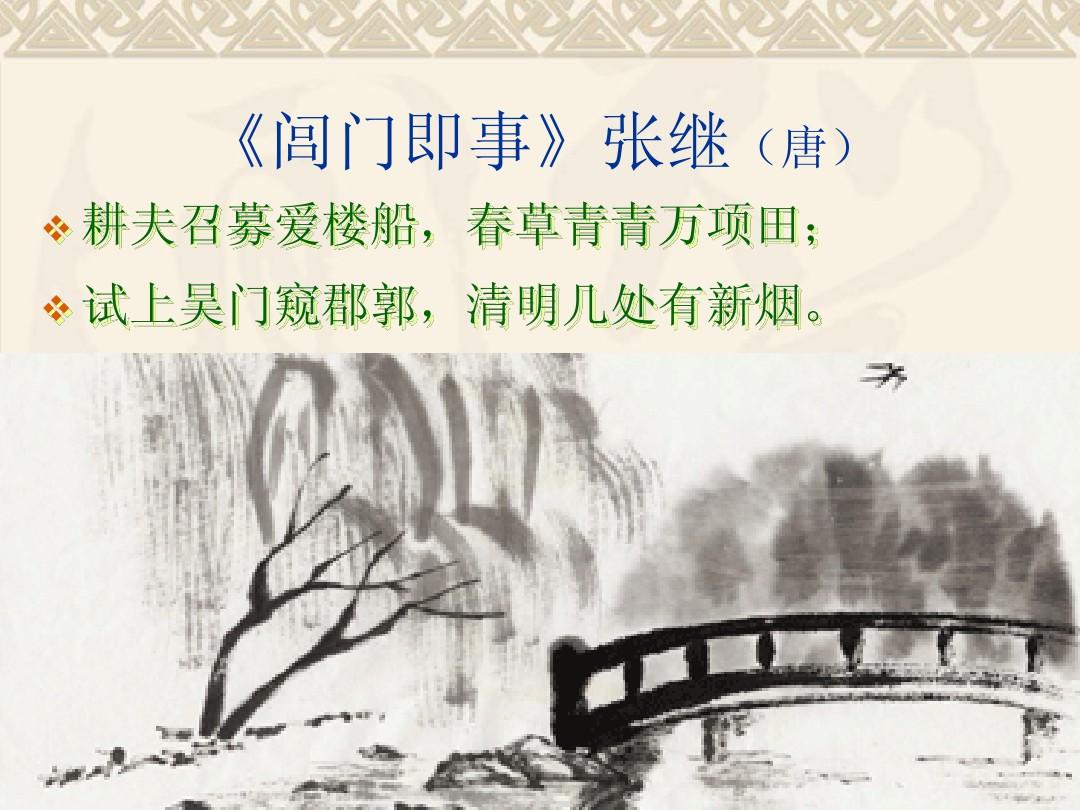
耕夫召募爱楼船，春草青青万项田